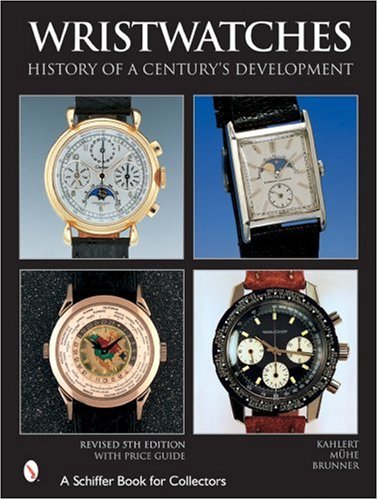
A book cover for Wristwatches: History of a Century's Development (Schiffer Book for Collectors); Helmut Kahlert; Crafts, Hobbies & Home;